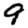
Digit: 9